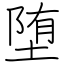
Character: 堕